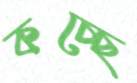
কচ্ছে